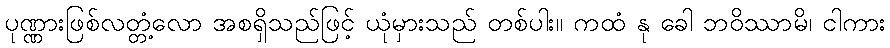
ပုဏ္ဏားဖြစ်လတ္တံ့လော အစရှိသည်ဖြင့် ယုံမှားသည် တစ်ပါး။ ကထံ နု ခေါ ဘဝိဿာမိ၊ ငါကား